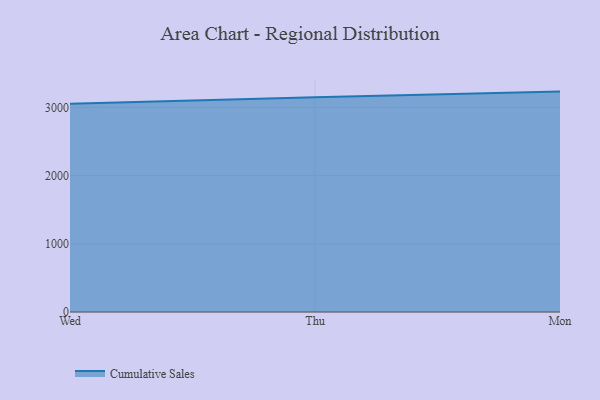
{"axis": {"x": "Day", "y": "Net Income (USD K)"}, "legend": ["Cumulative Sales"], "data": [{"x": "Wed", "y": 3053.2, "type": "Cumulative Sales"}, {"x": "Thu", "y": 3148.6, "type": "Cumulative Sales"}, {"x": "Mon", "y": 3231.4, "type": "Cumulative Sales"}]}